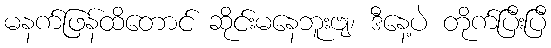
မနက်ဖြန်ထိတောင် ဆိုင်းမနေဘူးဗျ၊ ဒီနေ့ပဲ တိုက်ပြီးပြီ